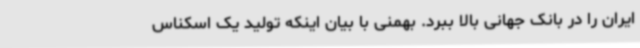
ایران را در بانک جهانی بالا ببرد. بهمنی با بیان اینکه تولید یک اسکناس